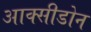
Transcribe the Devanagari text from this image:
आक्सीडोन